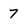
Character: 7